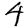
Digit: 4